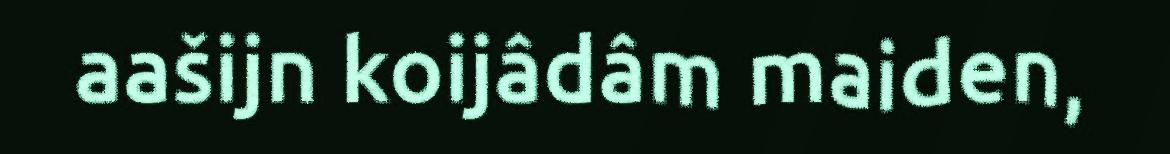
aašijn koijâdâm maiden,